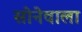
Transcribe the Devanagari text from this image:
सोनेवाला